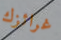
غرائزك